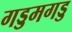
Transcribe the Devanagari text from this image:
गड्डमगड्ड